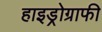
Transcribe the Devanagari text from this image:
हाइड्रोग्राफी